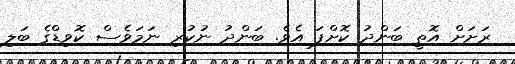
ރަށަށް އޮތީ ބަަންދު ކޮށްފަ އެވެ. ބަންދު ނުކުރި ނަމަވެސް ކޮވިޑްގެ ބަލި